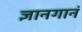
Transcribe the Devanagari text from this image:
ज्ञानगानं